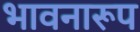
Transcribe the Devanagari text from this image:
भावनारूप